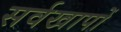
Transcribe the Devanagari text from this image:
सर्वखापों